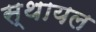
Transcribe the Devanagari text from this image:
स्थायल